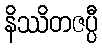
နိဿိတဇပ္ပီ